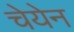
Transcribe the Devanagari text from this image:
चेयेन